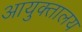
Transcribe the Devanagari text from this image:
आयुक्‍तालय